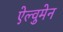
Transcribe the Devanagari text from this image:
ऐल्वुमेन